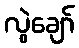
လွဲချော်